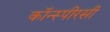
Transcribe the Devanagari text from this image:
कॉन्स्पीरसी